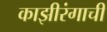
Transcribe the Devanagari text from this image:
काझीरंगाची